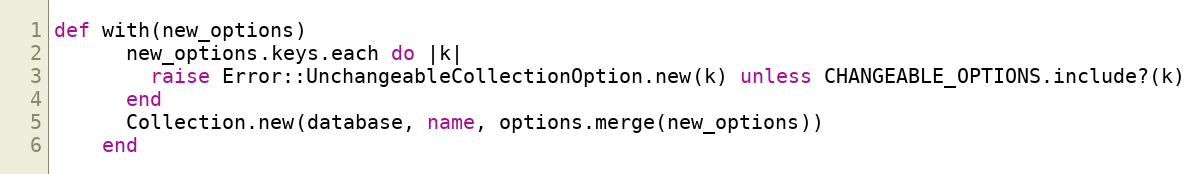
Language: Ruby
def with(new_options)
      new_options.keys.each do |k|
        raise Error::UnchangeableCollectionOption.new(k) unless CHANGEABLE_OPTIONS.include?(k)
      end
      Collection.new(database, name, options.merge(new_options))
    end